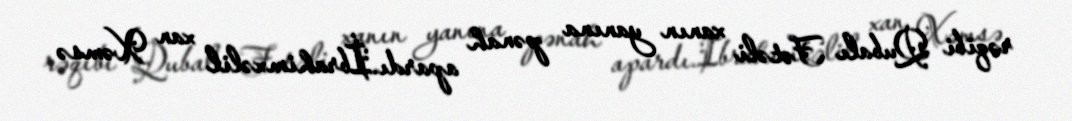
rəqibi Qubalı Fətəli xanın yanına pənah apardı.İbrahimxəlil xan Xəmsə